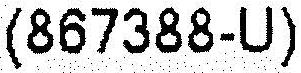
(867388-U)